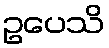
ဥပေသိ